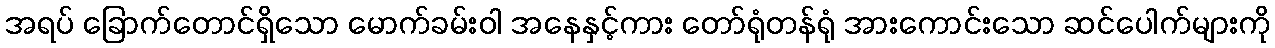
အရပ် ခြောက်တောင်ရှိသော မောက်ခမ်းဝါ အနေနှင့်ကား တော်ရုံတန်ရုံ အားကောင်းသော ဆင်ပေါက်များကို